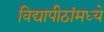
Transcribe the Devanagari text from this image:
विद्यापीठांमध्‍ये